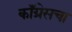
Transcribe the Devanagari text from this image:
कॉँग्रेसचा